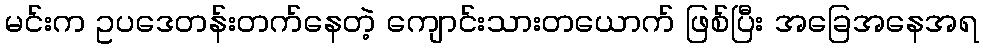
မင်းက ဥပဒေတန်းတက်နေတဲ့ ကျောင်းသားတယောက် ဖြစ်ပြီး အခြေအနေအရ